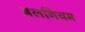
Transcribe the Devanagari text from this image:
बलनियम